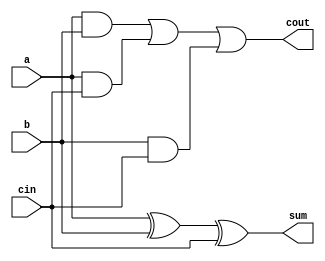
module full_adder (cin,a,b,sum,cout);

input cin,a,b;
output sum, cout;

and(z1,a,b);
and(z2,a,cin);
and(z3,b,cin);
or(cout,z1,z2,z3);
xor(z4,a,b);
xor(sum,z4,cin);

endmodule